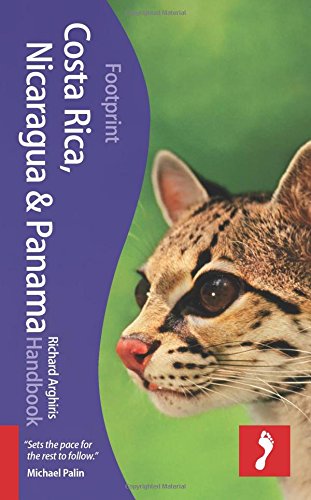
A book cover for Costa Rica, Nicaragua & Panama Handbook (Footprint - Handbooks); Richard Arghiris; Travel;